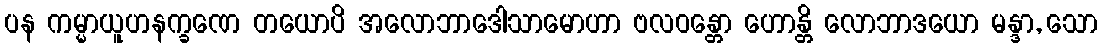
ပန ကမ္မာယူဟနက္ခဏေ တယောပိ အလောဘာဒေါသာမောဟာ ဗလဝန္တော ဟောန္တိ လောဘာဒယော မန္ဒာ, သော